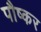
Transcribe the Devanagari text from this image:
पौष्कर